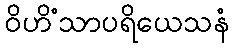
ဝိဟိံသာပရိယေသနံ